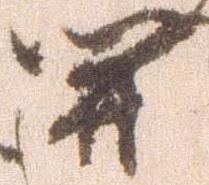
関